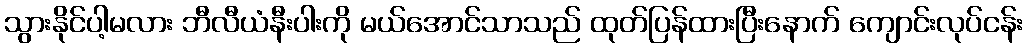
သွားနိုင်ပါ့မလား ဘီလီယံနီးပါးကို မယ်အောင်သာသည် ထုတ်ပြန်ထားပြီးနောက် ကျောင်းလုပ်ငန်း